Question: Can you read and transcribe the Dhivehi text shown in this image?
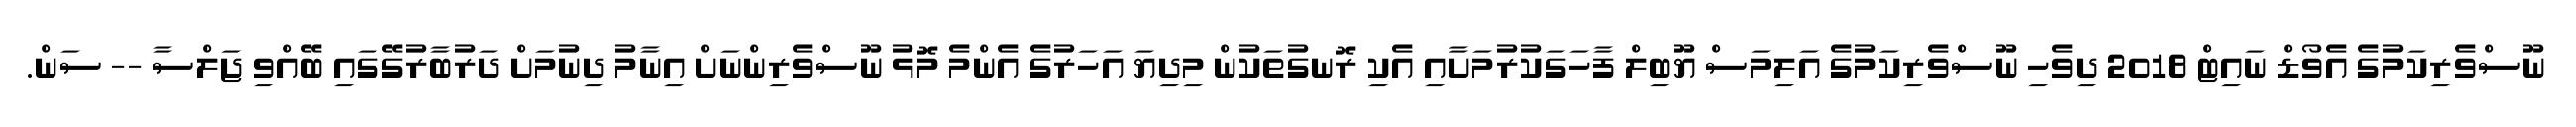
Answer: ނޫސްވެރިކަމުގެ އެވޯޑް ނައިޓް 2018 ދިވެހި ނޫސްވެރިކަމުގެ އަލިމަސް ޔޫބިލް ފާހަގަކުރުމަށާއި އެކި ރޮނގުތަކުން މިދިޔަ އަހަރުގެ އެންމެ މޮޅު ނޫސްވެރިންނަށް އިނާމު ދިނުމަށް ދަރުބާރުގޭގައި ބޭއްވި ޖަލްސާ -- ސަން.